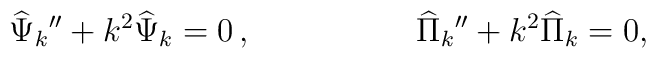
{\widehat\Psi}_k{''}+k^2{\widehat\Psi}_k = 0 \, , ~~~~~~~~~~~~~~~{\widehat\Pi}_k{''}+ k^2 {\widehat\Pi}_k = 0,